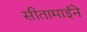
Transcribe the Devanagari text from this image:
सीतामाईने